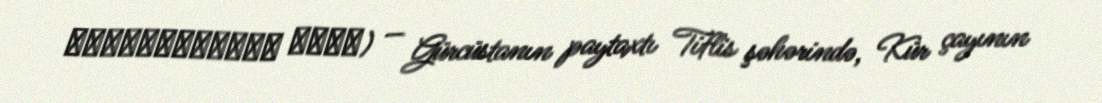
ზაარბიუკენის ხიდი) — Gürcüstanın paytaxtı Tiflis şəhərində, Kür çayının